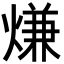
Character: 熑